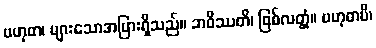
ဗဟုဓာ၊ များသောအပြားရှိသည်။ ဘဝိဿတိ၊ ဖြစ်လတ္တံ့။ ဗဟုဓာပိ၊